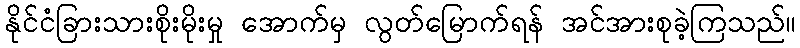
နိုင်ငံခြားသားစိုးမိုးမှု အောက်မှ လွတ်မြောက်ရန် အင်အားစုခဲ့ကြသည်။